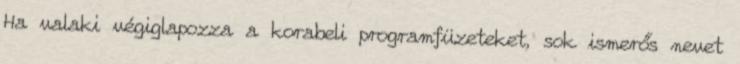
Ha valaki végiglapozza a korabeli programfüzeteket, sok ismerős nevet